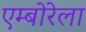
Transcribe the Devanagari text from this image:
एम्बोरेला